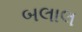
બલાલ